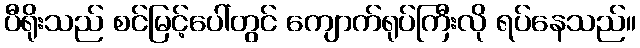
ပီရိုးသည် စင်မြင့်ပေါ်တွင် ကျောက်ရုပ်ကြီးလို ရပ်နေသည်။